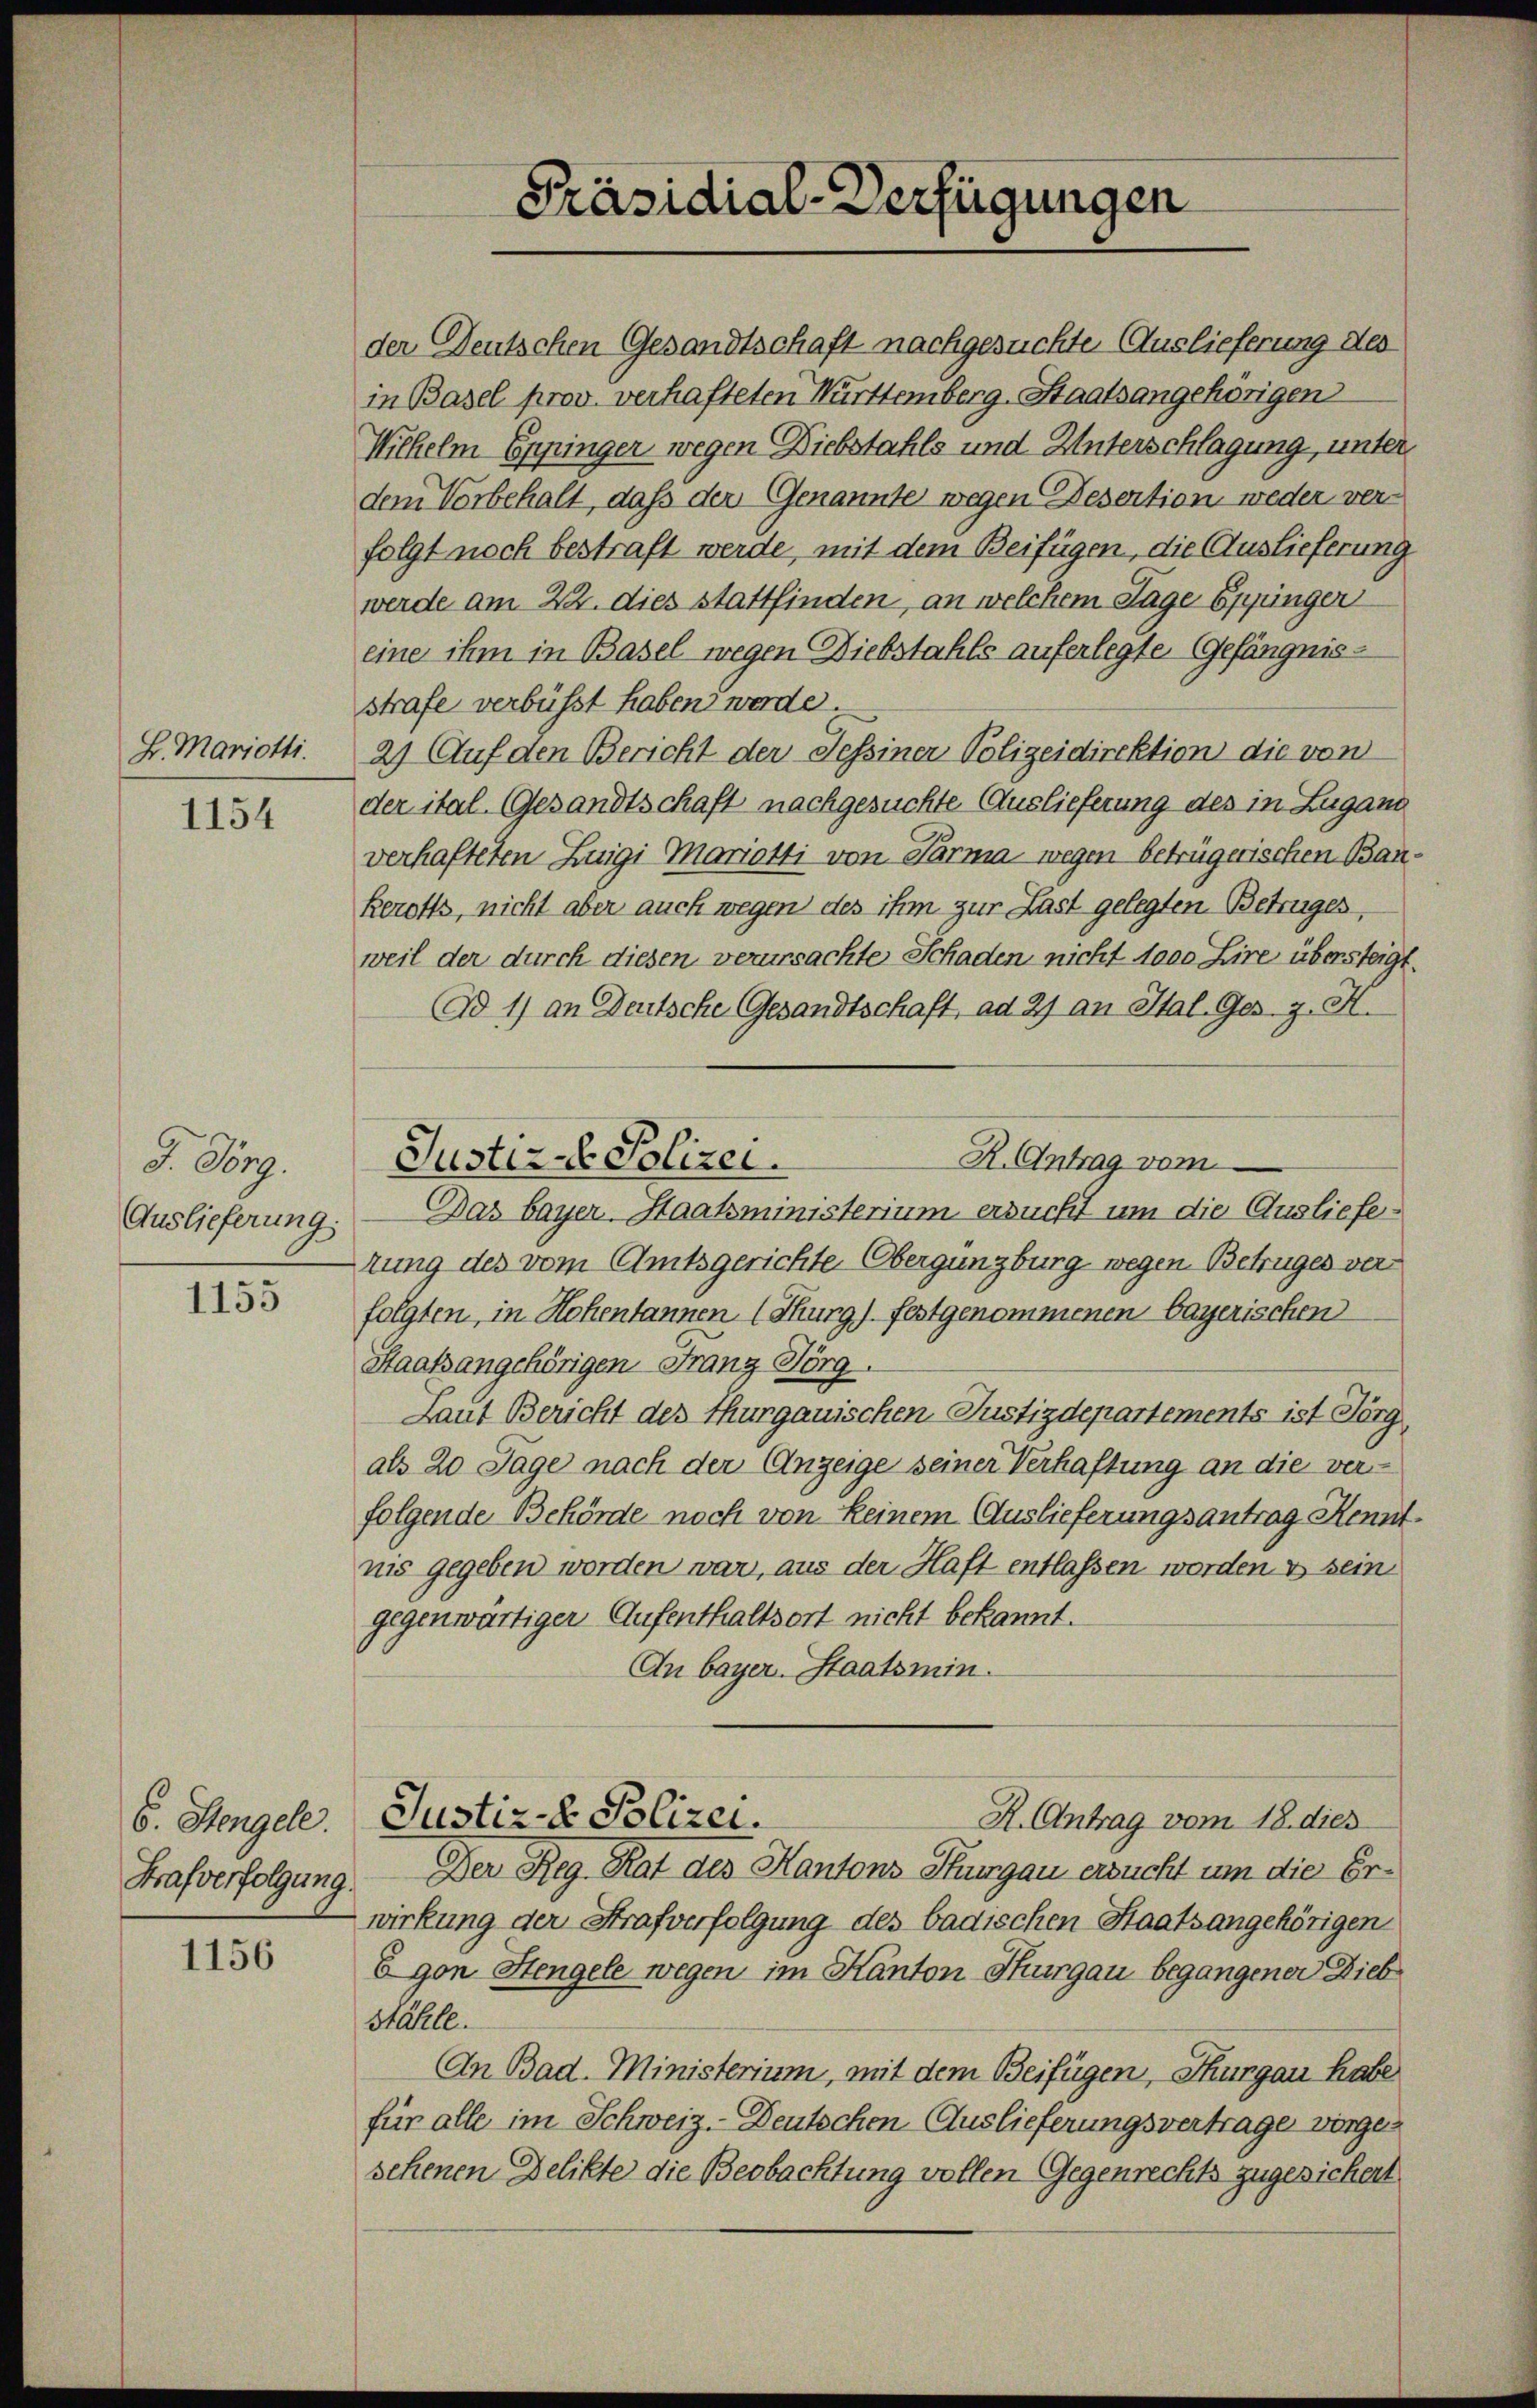
B. Mariotti.

1154

F. Dep
Auslieferung.

1155

6. Stengele.
Strafverfolgung.

1156

der Deutschen Gesandtschaft nachgesuchte Auslieferung des
in Basel prov. verhafteten Württemberg. Staatsangehörigen
Wilhelm Eppinger wegen Diebstahls und Unterschlagung, unter
dem Vorbehalt, daß der Genannte wegen Desention weder verfolgt noch bestraft werde, mit dem Beifügen, die Auslieferung
werde am 22. dies stattfinden, an welchem Tage Eppingen
eine ihm in Basel wegen Diebstahls auferlegte Gefängnisstrafe verbüsst haben werde.
2) Auf den Bericht der Tessiner Polizeidirektion die von
der ital. Gesandtschaft nachgesuchte Auslieferung des in Lugano
verhafteten Luigi Mariotti von Parma wegen betrügerischen Baukerotts, nicht aber auch wegen des ihm zur Last gelegten Betruges,
weil der durch diesen verursachte Schaden nicht 1000 Lire übersteigt.
Ad 1) an Deutsche Gesandtschaft, ad 29 an Ital. Ges. g. H.
Das bayer. Haatsministerium ersucht um die Auslieferung des vom Amtsgerichte Obergungburg wegen Betruges verfolgten, in Hohentannen (Thurg) festgenommenen bayerischen
Staatsangehörigen Franz Jörg.
Laut Bericht des Thurgauischen Justizdepartements ist Görg,
als 20 Tage nach der Anzeige seiner Verhaftung an die verfolgende Behörde noch von keinem Auslieferungsantrag Kennt
nis gegeben worden war, aus der Haft entlassen worden es sein
gegenwärtiger Aufenthaltsort nicht bekannt.
An bayer. Staatsmin.
Justiz- & Polizei.
R. Antrag vom 18. dies
Der Reg. Rat des Kantons Thurgau ersucht um die Erwirkung der Strafverfolgung des badischen Staatsangehörigen
Egon Stengele wegen im Kanton Thurgau begangener Dieb
stähle.
An Bad. Ministerium, mit dem Beifügen, Thurgau habe
für alle im Schweiz. Deutschen Auslieferungsvertrage virgen
sehenen Delikte die Beobachtung vollen Gegenrechts zugesichert

Präsidial-Verfügungen

R. Antrag vom
Justiz- Polizei.